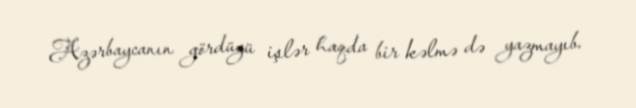
Azərbaycanın gördüyü işlər haqda bir kəlmə də yazmayıb.